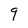
Character: 9